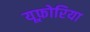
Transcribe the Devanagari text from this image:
यूफ़ोरिया